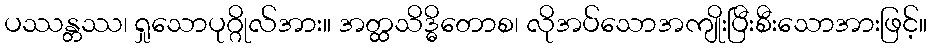
ပဿန္တဿ၊ ရှုသောပုဂ္ဂိုလ်အား။ အတ္ထသိဒ္ဓိတောစ၊ လိုအပ်သောအကျိုးပြီးစီးသောအားဖြင့်။